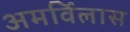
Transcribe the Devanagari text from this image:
अमर्विलास